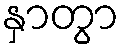
နှာတွာ